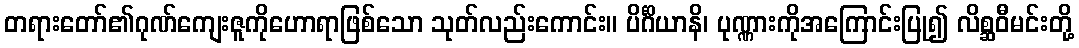
တရားတော်၏ဂုဏ်ကျေးဇူကိုဟောရာဖြစ်သော သုတ်လည်းကောင်း။ ပိင်္ဂိယာနိ၊ ပုဏ္ဏားကိုအကြောင်းပြု၍ လိစ္ဆဝီမင်းတို့